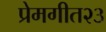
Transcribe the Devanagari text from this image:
प्रेमगीत२३